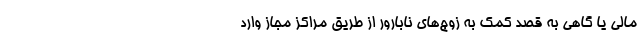
مالی یا گاهی به قصد کمک به زوج‌های نابارور از طریق مراکز مجاز وارد